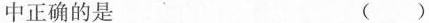
中正确的是 ()